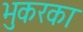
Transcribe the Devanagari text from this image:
भुकरका